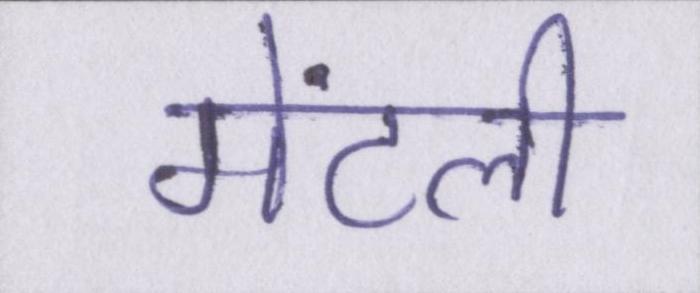
मेंटली